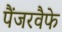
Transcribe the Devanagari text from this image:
पैंजरवैफे